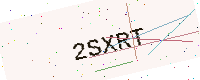
Text: 2SXRT